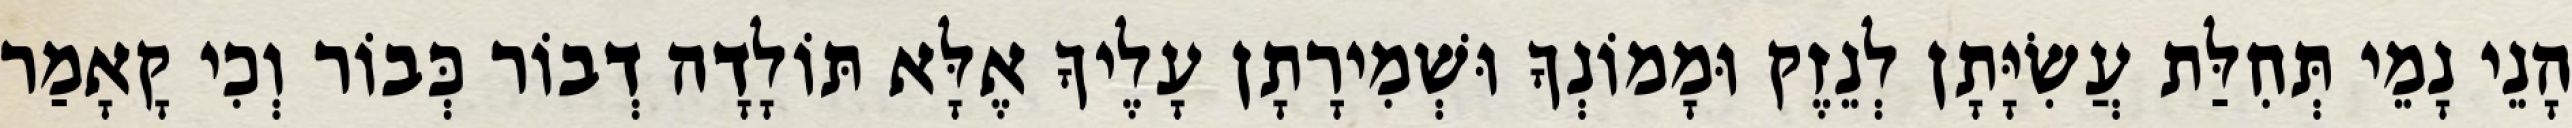
הָנֵי נָמֵי תְּחִלַּת עֲשִׂיָּתָן לְנֵזֶק וּמָמוֹנְךָ וּשְׁמִירָתָן עָלֶיךָ אֶלָּא תּוֹלָדָה דְבוֹר כְּבוֹר וְכִי קָאָמַר